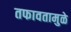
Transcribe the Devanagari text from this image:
तफावतामुळे